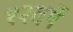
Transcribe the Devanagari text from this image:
१२वर्षे